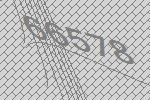
66578